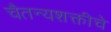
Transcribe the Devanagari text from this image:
चैतन्यशक्तीचे